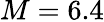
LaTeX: M=6.4